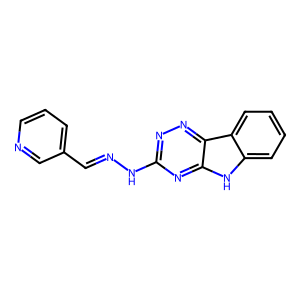
SMILES: C(=NNc1nnc2c(n1)[nH]c1ccccc12)c1cccnc1
Inhibits HIV replication: No